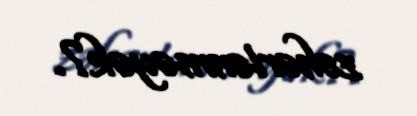
zəhərlənməyək?.